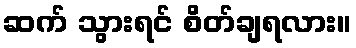
ဆက် သွားရင် စိတ်ချရလား။